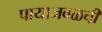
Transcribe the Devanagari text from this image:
पायाजवळची